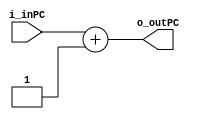
`timescale 1ns / 1ps
//////////////////////////////////////////////////////////////////////////////////
// Company: 
// Engineer: 
// 
// Design Name: 
// Module Name: PC_SUM
// Project Name: 
// Target Devices: 
// Tool Versions: 
// Description: 
// 
// Dependencies: 
// 
// Revision:
// Revision 0.01 - File Created
// Additional Comments:
// 
//////////////////////////////////////////////////////////////////////////////////


module PC_SUM #(
	parameter LEN = 32 // tener en cuenta que en el In1 simepre va la entrada mas grande
    ) (
    input [LEN-1:0] i_inPC,
    //input In2,
    output [LEN-1:0] o_outPC
    );

    assign o_outPC = i_inPC + 1'b1; 

    // always@(*)
    // begin
    //   Out = In1 + In2;
    // end

endmodule